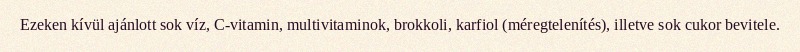
Ezeken kívül ajánlott sok víz, C-vitamin, multivitaminok, brokkoli, karfiol (méregtelenítés), illetve sok cukor bevitele.